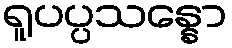
ရူပပ္ပသန္နော